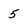
Character: 5